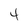
Character: 4